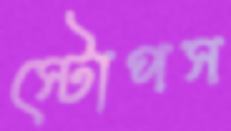
স্টোপস